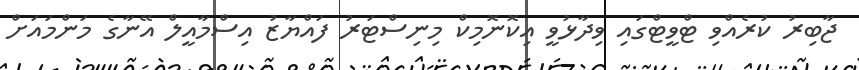
ޖާބިރު ކުރެއްވި ޓްވީޓްގައި ވިދާޅުވީ އިކޮނޮމިކް މިނިސްޓަރު ފައްޔާޒު އިސްމާއީލް އޭނާގެ މަންމައަށް